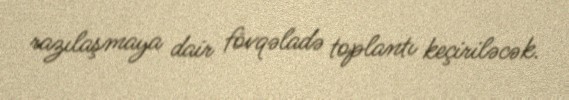
razılaşmaya dair fövqəladə toplantı keçiriləcək.